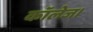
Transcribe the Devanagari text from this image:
कॉलेज।